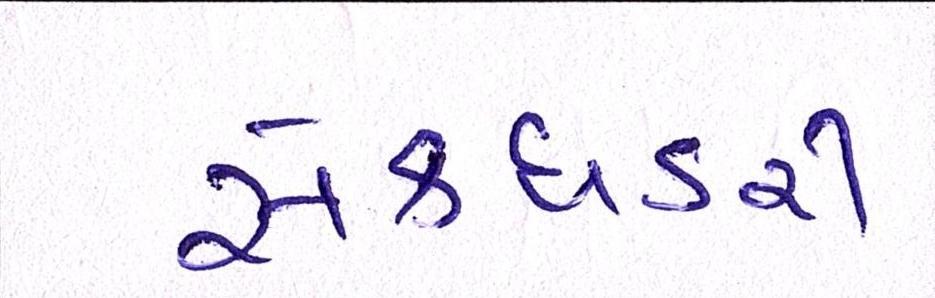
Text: સેક્ધડરી